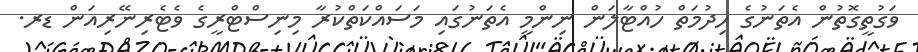
ވަގުތީގޮތުން އެތަނުގެ ހިދުމަތް ހުއްޓާލަން ނިންމީ އެތަނުގައި މަސައްކަތްކުރާ މިނިސްޓްރީގެ ވެޓެރިނޭރިއަން ޑރ.